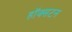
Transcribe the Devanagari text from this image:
हॉक्सटन